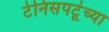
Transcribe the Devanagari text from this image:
टेनिसपटूंच्या